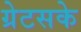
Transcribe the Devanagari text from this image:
ग्रेटसके